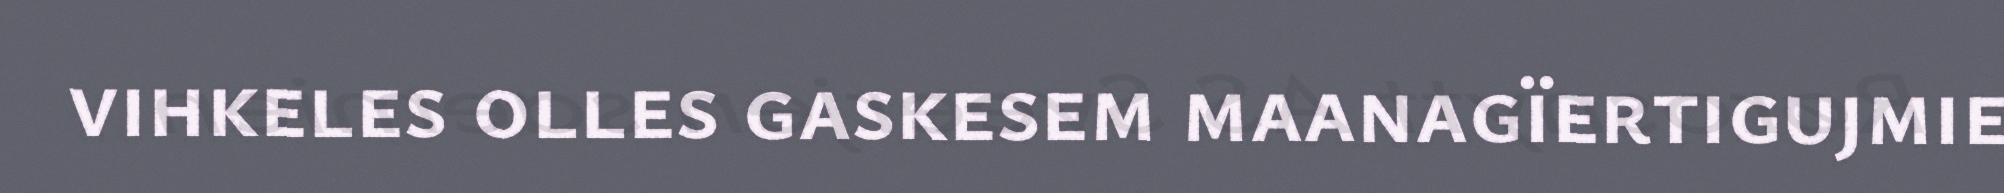
vihkeles olles gaskesem maanagïertigujmie